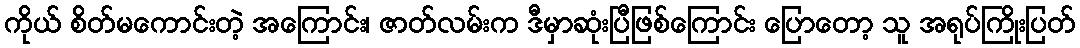
ကိုယ် စိတ်မကောင်းတဲ့ အကြောင်း၊ ဇာတ်လမ်းက ဒီမှာဆုံးပြီဖြစ်ကြောင်း ပြောတော့ သူ အရုပ်ကြိုးပြတ်